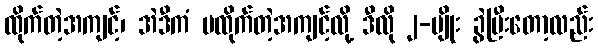
ထိုက်တဲ့အကျင့်၊ အဲဒီကံ မထိုက်တဲ့အကျင့်လို့ ဒီလို ၂-မျိုး ခွဲပြီးတော့လည်း